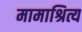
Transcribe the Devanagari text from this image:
मामाश्रित्य